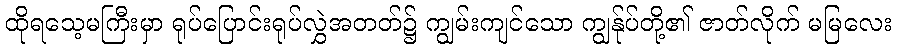
ထိုရသေ့မကြီးမှာ ရုပ်ပြောင်းရုပ်လွှဲအတတ်၌ ကျွမ်းကျင်သော ကျွန်ုပ်တို့၏ ဇာတ်လိုက် မမြလေး